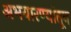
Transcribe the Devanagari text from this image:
अभयारण्यांतून